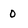
Character: 0